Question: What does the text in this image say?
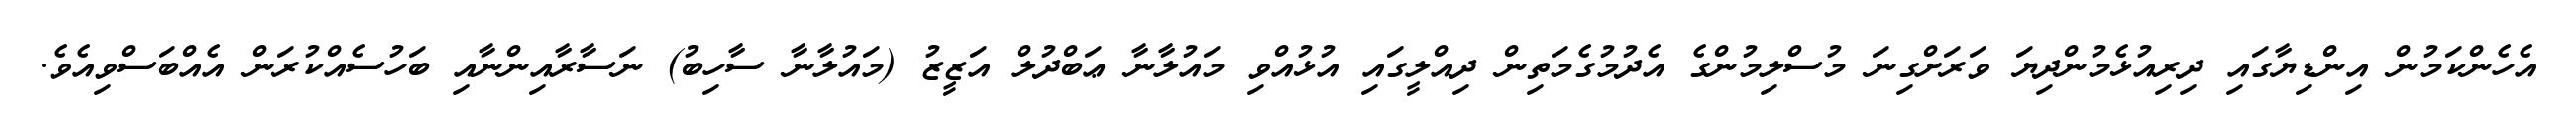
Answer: އެހެންކަމުން އިންޑިޔާގައި ދިރިއުޅެމުންދިޔަ ވަރަށްގިނަ މުސްލިމުންގެ އެދުމުގެމަތިން ދިއްލީގައި އުޅުއްވި މައުލާނާ ޢަބްދުލް އަޒީޒު (މައުލާނާ ސާހިބު) ނަސާރާއިންނާއި ބަހުސެއްކުރަން އެއްބަސްވިއެވެ.